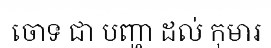
ចោទ ជា បញ្ហា ដល់ កុមារ